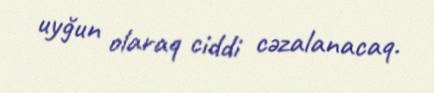
uyğun olaraq ciddi cəzalanacaq.